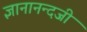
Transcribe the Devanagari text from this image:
ज्ञानानन्दजी